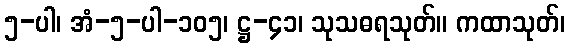
၅-ပါ၊ အံ-၅-ပါ-၁၀၅၊ ဋ္ဌ-၄၁၊ သုသဓရသုတ်။ ကထာသုတ်၊